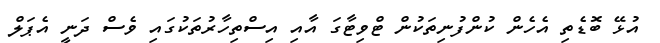
އުޅޭ ބޮޑެތި އެހެން ކުންފުނިތަކުން ޓްވިޓާގަ އާއި އިސްތިހާރުތަކުގައި ވެސް ދަނީ އެޕަލް